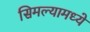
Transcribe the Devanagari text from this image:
सिमल्यामध्ये